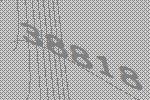
38818